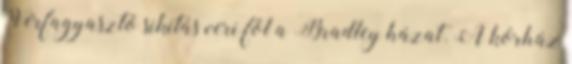
Vérfagyasztó sikítás veri föl a Bradley házat. A kórház